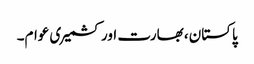
پاکستان، بھارت اور کشمیری عوام۔